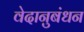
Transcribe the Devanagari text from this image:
वेदानुबंधन